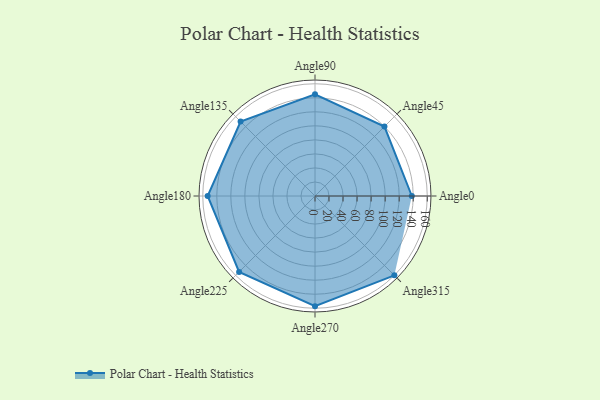
{"axis": {"x": "Angle", "y": "Radius"}, "legend": [""], "data": [{"x": "Angle0", "y": 138.0, "type": ""}, {"x": "Angle45", "y": 140.0, "type": ""}, {"x": "Angle90", "y": 145.0, "type": ""}, {"x": "Angle135", "y": 150.0, "type": ""}, {"x": "Angle180", "y": 153.0, "type": ""}, {"x": "Angle225", "y": 153.0, "type": ""}, {"x": "Angle270", "y": 157.0, "type": ""}, {"x": "Angle315", "y": 160.0, "type": ""}]}